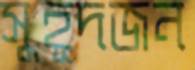
সুহূদজন